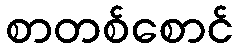
စာတစ်စောင်